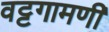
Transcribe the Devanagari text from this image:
वट्टगामणी